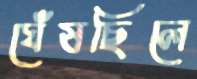
ঘেঁষছিলে